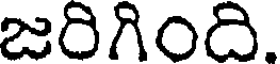
జరిగింది.